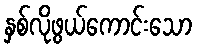
နှစ်လိုဖွယ်ကောင်းသော